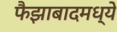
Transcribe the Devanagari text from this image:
फैझाबादमध्ये